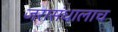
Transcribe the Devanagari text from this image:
जरासंधालाच